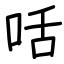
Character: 咶